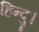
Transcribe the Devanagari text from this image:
हिन्दु।